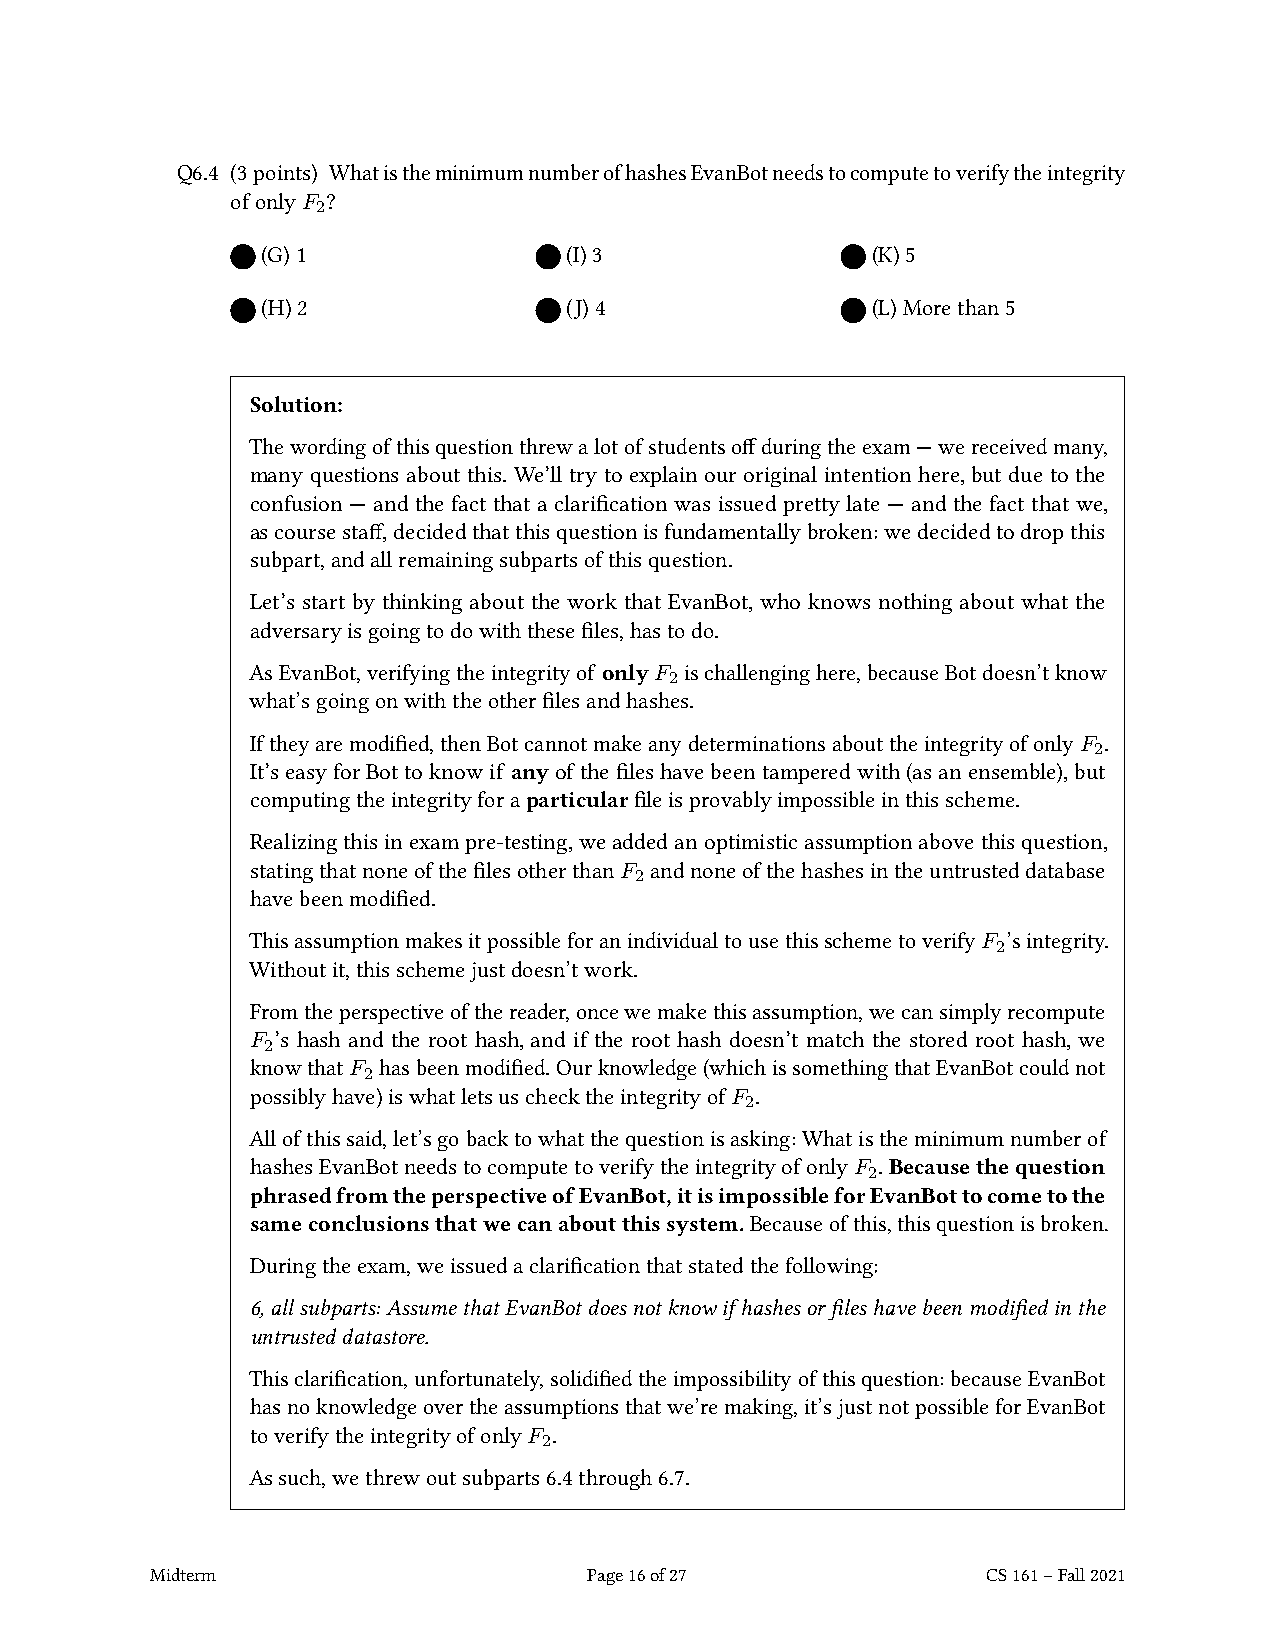
Q6.4 (3points) WhatistheminimumnumberofhashesEvanBotneedstocomputetoverifytheintegrity
 ofonlyF ?
 2
 (G)1                 (I)3                (K)5
 (H)2                 (J)4                (L)Morethan5
 Solution:
 Thewordingofthisquestionthrewalotofstudentsoffduringtheexam—wereceivedmany,
 many questions about this. We’ll try to explain our original intention here,but due to the
 confusion — and the fact that a clarification was issued pretty late — and the fact that we,
 ascoursestaff,decidedthatthisquestionisfundamentallybroken:wedecidedtodropthis
 subpart,andallremainingsubpartsofthisquestion.
 Let’s start by thinking about the work that EvanBot, who knows nothing about what the
 adversaryisgoingtodowiththesefiles,hastodo.
 AsEvanBot,verifyingtheintegrityof onlyF ischallenginghere,becauseBotdoesn’tknow
 2
 what’sgoingonwiththeotherfilesandhashes.
 Iftheyaremodified,thenBotcannotmakeanydeterminationsabouttheintegrityofonlyF .
 2
 It’seasyforBottoknowif anyofthefileshavebeentamperedwith(asanensemble),but
 computingtheintegrityforaparticularfileisprovablyimpossibleinthisscheme.
 Realizingthisinexampre-testing,weaddedanoptimisticassumptionabovethisquestion,
 statingthatnoneofthefilesotherthanF andnoneofthehashesintheuntrusteddatabase
 2
 havebeenmodified.
 ThisassumptionmakesitpossibleforanindividualtousethisschemetoverifyF ’sintegrity.
 2
 Withoutit,thisschemejustdoesn’twork.
 Fromtheperspectiveofthereader,oncewemakethisassumption,wecansimplyrecompute
 F ’s hash and the root hash, and if the root hash doesn’t match the stored root hash, we
 2
 knowthatF hasbeenmodified.Ourknowledge(whichissomethingthatEvanBotcouldnot
 2
 possiblyhave)iswhatletsuschecktheintegrityofF .
 2
 Allofthissaid,let’sgobacktowhatthequestionisasking:Whatistheminimumnumberof
 hashesEvanBotneedstocomputetoverifytheintegrityofonlyF .Becausethequestion
 2
 phrasedfromtheperspectiveofEvanBot,itisimpossibleforEvanBottocometothe
 sameconclusionsthatwecanaboutthissystem.Becauseofthis,thisquestionisbroken.
 Duringtheexam,weissuedaclarificationthatstatedthefollowing:
 6,allsubparts:AssumethatEvanBotdoesnotknowifhashesorfileshavebeenmodifiedinthe
 untrusteddatastore.
 Thisclarification,unfortunately,solidifiedtheimpossibilityofthisquestion:becauseEvanBot
 hasnoknowledgeovertheassumptionsthatwe’remaking,it’sjustnotpossibleforEvanBot
 toverifytheintegrityofonlyF .
 2
 Assuch,wethrewoutsubparts6.4through6.7.
 Midterm                      Page16of27                CS161–Fall2021